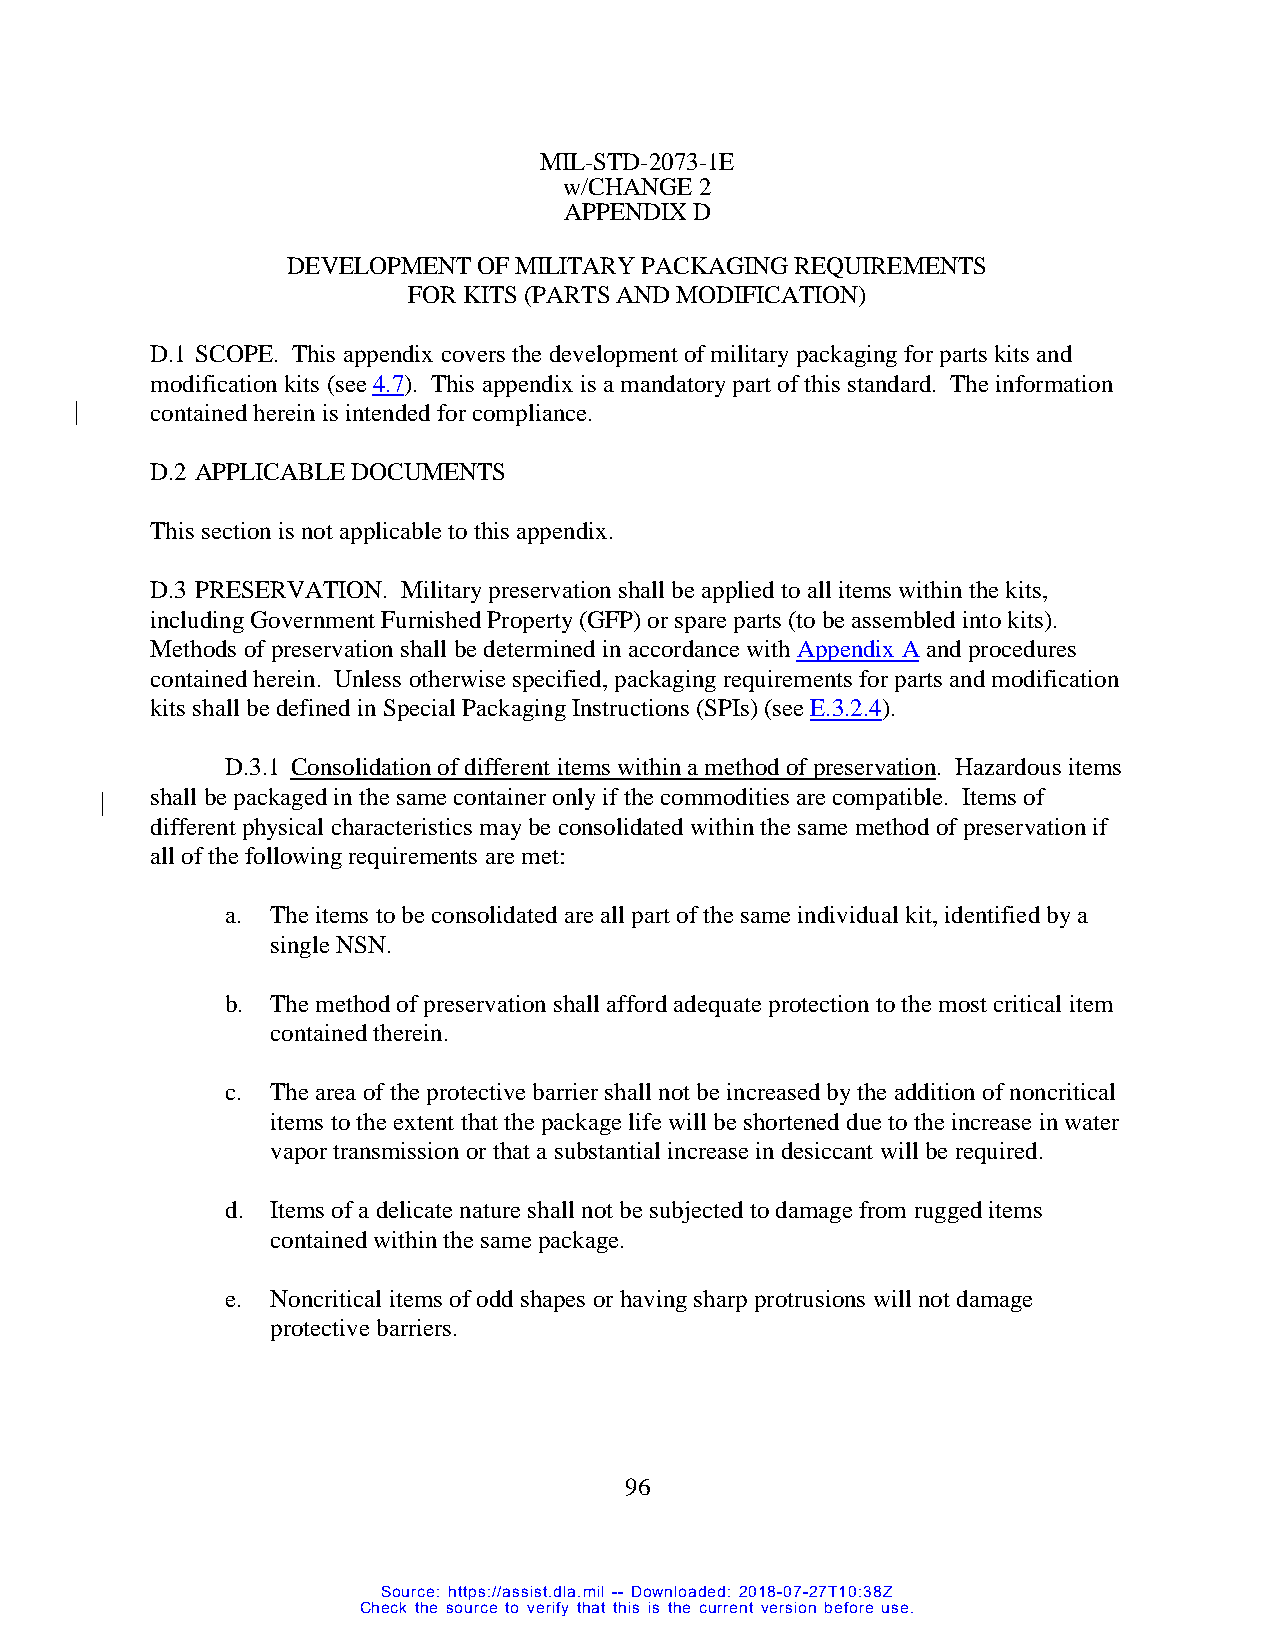
MIL-STD-2073-1E
 w/CHANGE 2
 APPENDIX D
 DEVELOPMENT  OF MILITARY PACKAGING REQUIREMENTS
 FOR KITS (PARTS AND MODIFICATION)
 D.1 SCOPE. This appendix covers the development of military packaging for parts kits and
 modification kits (see 4.7). This appendix is a mandatory part of this standard. The information
 contained herein is intended for compliance.
 D.2 APPLICABLE DOCUMENTS
 This section is not applicable to this appendix.
 D.3 PRESERVATION. Military preservation shall be applied to all items within the kits,
 including Government Furnished Property (GFP) or spare parts (to be assembled into kits).
 Methods of preservation shall be determined in accordance with Appendix A and procedures
 contained herein. Unless otherwise specified, packaging requirements for parts and modification
 kits shall be defined in Special Packaging Instructions (SPIs) (see E.3.2.4).
 D.3.1 Consolidation of different items within a method of preservation. Hazardous items
 shall be packaged in the same container only if the commodities are compatible. Items of
 different physical characteristics may be consolidated within the same method of preservation if
 all of the following requirements are met:
 a. The items to be consolidated are all part of the same individual kit, identified by a
 single NSN.
 b. The method of preservation shall afford adequate protection to the most critical item
 contained therein.
 c. The area of the protective barrier shall not be increased by the addition of noncritical
 items to the extent that the package life will be shortened due to the increase in water
 vapor transmission or that a substantial increase in desiccant will be required.
 d. Items of a delicate nature shall not be subjected to damage from rugged items
 contained within the same package.
 e. Noncritical items of odd shapes or having sharp protrusions will not damage
 protective barriers.
 96
 Source: https://assist.dla.mil -- Downloaded: 2018-07-27T10:38Z
 Check the source to verify that this is the current version before use.